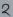
Text: 2